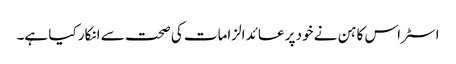
اسٹراس کاہن نے خود پر عائد الزامات کی صحت سے انکار کیا ہے۔